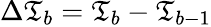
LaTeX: \Delta\mathfrak{T}_{b}=\mathfrak{T}_{b}-\mathfrak{T}_{b-1}